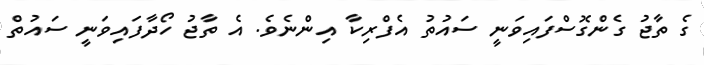
ގެ ތާޖު ގެންގޮސްފައިވަނީ ސައުތު އެފްރިކާ އިންނެވެ. އެ ތާޖު ހޯދާފައިވަނީ ސައުތް